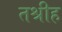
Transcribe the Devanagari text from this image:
तश्रीह